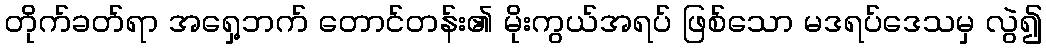
တိုက်ခတ်ရာ အရှေ့ဘက် တောင်တန်း၏ မိုးကွယ်အရပ် ဖြစ်သော မဒရပ်ဒေသမှ လွဲ၍